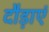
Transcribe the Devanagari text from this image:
दौड़ाएं